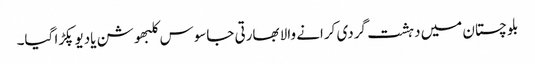
بلوچستان میں دہشت گردی کرانے والا بھارتی جاسوس کلبھوشن یادیو پکڑا گیا۔